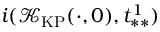
i ( \mathcal { K } _ { \mathrm { K P } } ( \cdot , 0 ) , t _ { * * } ^ { 1 } )